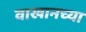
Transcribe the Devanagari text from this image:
वाखानच्या